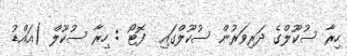
ހިރާ ސުކޫލްގެ ދަރިވަރުން ސުކޫލްގައި  ފޮޓޯ : ހިރާ ސުކޫލް (އައްޑު